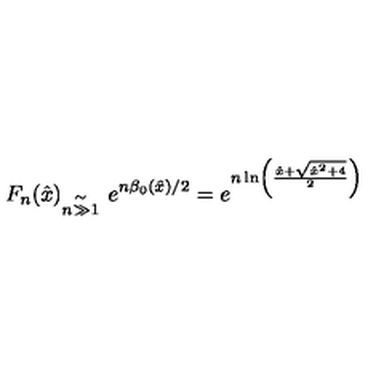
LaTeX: F _ { n } ( \hat { x } ) { } _ { \stackrel { \mathrm { \Large \sim } } { n \gg 1 } } \ e ^ { n \beta _ { 0 } ( { \hat { x } } ) / 2 } = e ^ { n \ln \left( \frac { { \hat { x } } + \sqrt { { \hat { x } } ^ { 2 } + 4 } } { 2 } \right) }